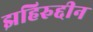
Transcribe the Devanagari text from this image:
झहिरुद्दीन